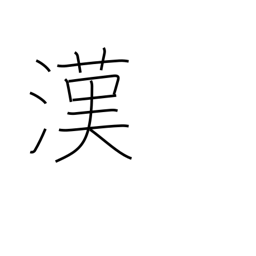
Meaning: China